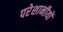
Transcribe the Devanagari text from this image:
परेशानीयों